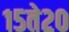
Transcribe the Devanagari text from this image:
१५ते२०